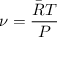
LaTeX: \nu = { \frac { { \bar { R } } T } { P } }